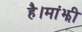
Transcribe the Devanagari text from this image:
है।मांझी